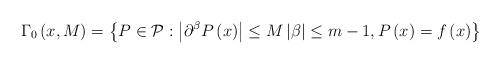
LaTeX: \begin{align*}\Gamma _{0}\left( x,M\right) =\left\{ P\in \mathcal{P} :\left\vert \partial^{\beta }P\left( x\right) \right\vert \leq M\left\vert \beta\right\vert \leq m-1,P\left( x\right) =f\left( x\right) \right\} \end{align*}